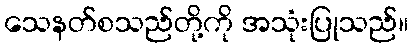
သေနတ်စသည်တို့ကို အသုံးပြုသည်။